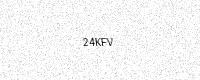
Text: 24KFV